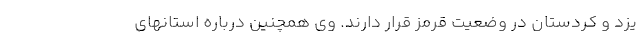
یزد و کردستان در وضعیت قرمز قرار دارند. وی همچنین درباره استانهای